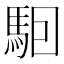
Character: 𱄔